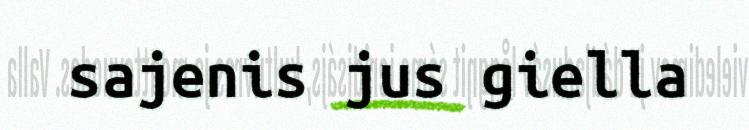
sajenis jus giella